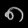
Digit: ၈